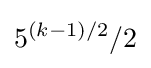
5^{(k-1)/2}/2